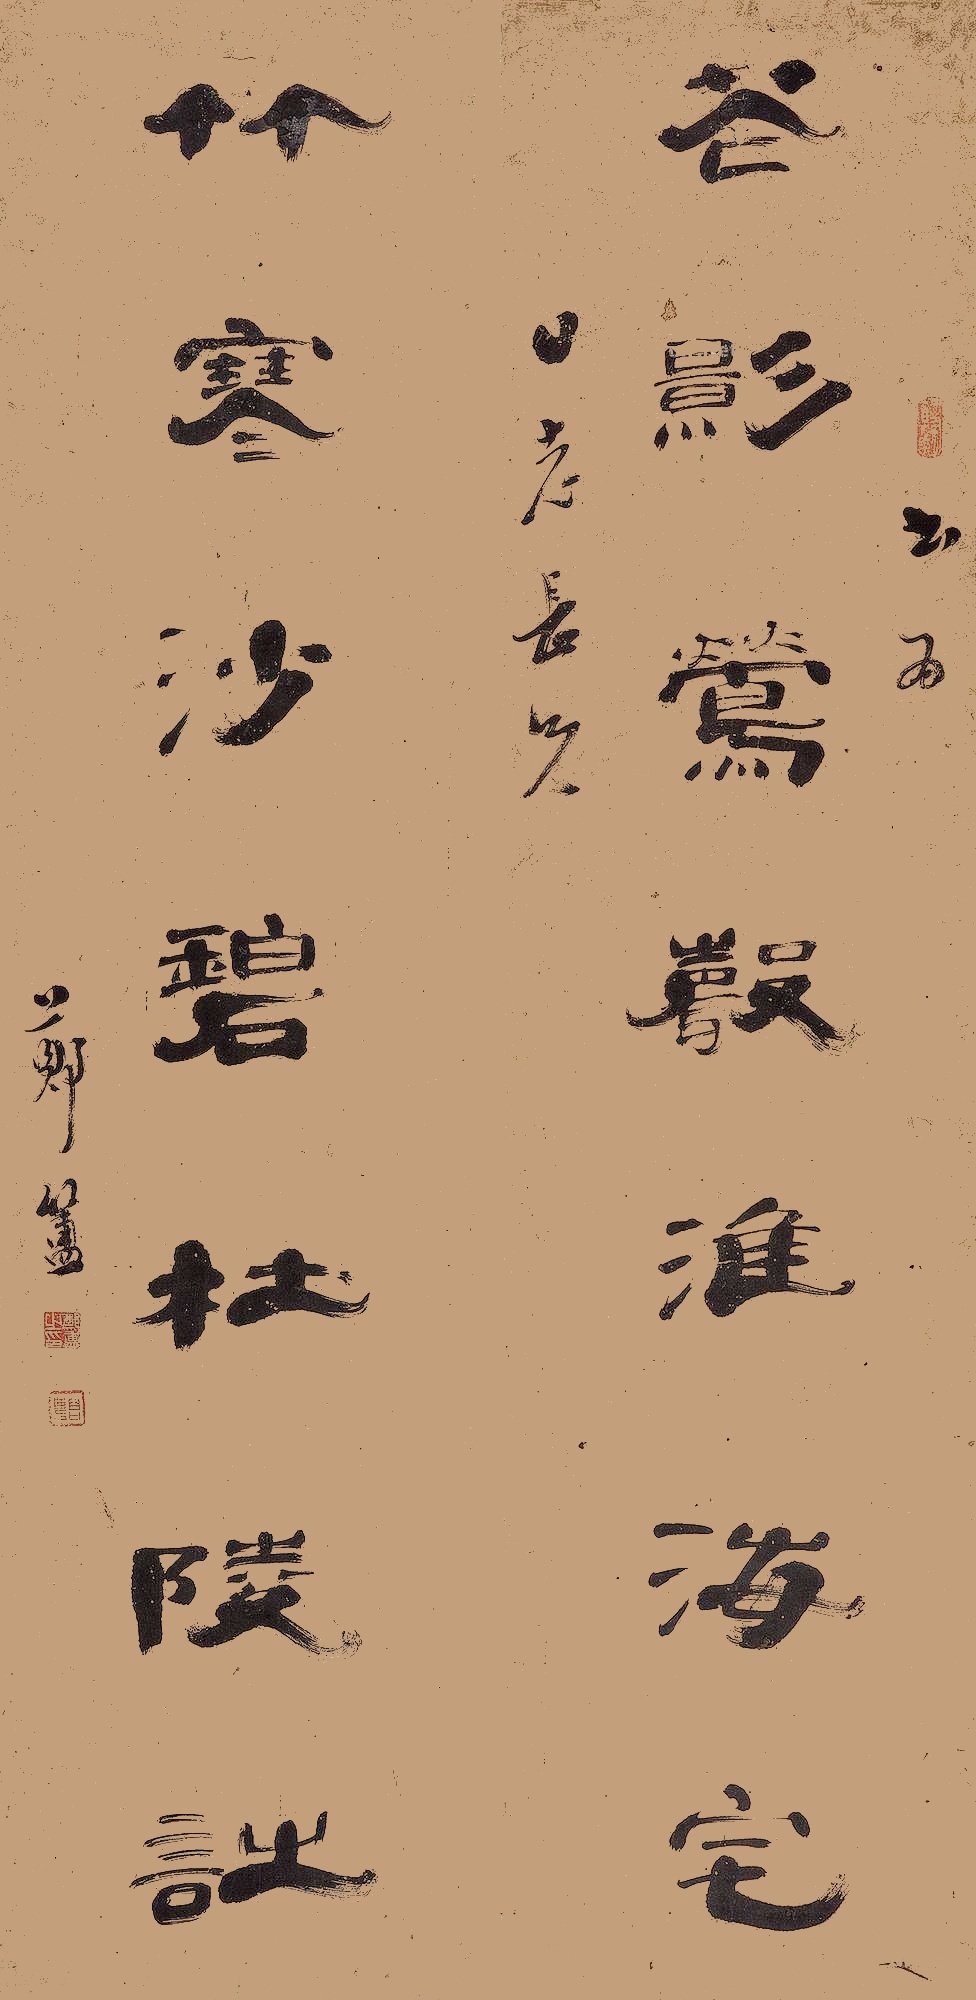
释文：花影莺声淮海宅，竹寒沙碧杜陵诗。书为日志老兄，郑簠。